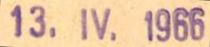
13. IV. 1966